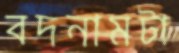
বদনামটা